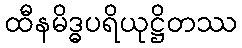
ထီနမိဒ္ဓပရိယုဋ္ဌိတဿ